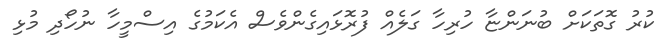
ކުރު ގޮތަކަށް ބުނަންޏާ ހުރިހާ ގަލެއް ފުރޮޅައިގެންވެސް އެކަމުގެ އިސްމީހާ ނުހޯދި މުޅި